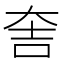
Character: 𮰵